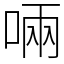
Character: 啢